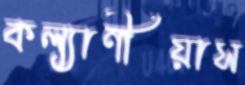
কল্যাণীয়াস